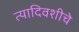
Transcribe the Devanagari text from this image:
त्यादिवशीचे